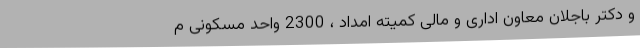
و دکتر باجلان معاون اداری و مالی کمیته امداد ، 2300 واحد مسکونی م